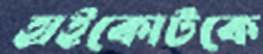
হাইকোর্টকে